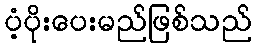
ပံ့ပိုးပေးမည်ဖြစ်သည်